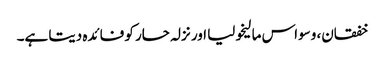
خفقان، وسواس مالیخولیا اور نزلہ حار کو فائدہ دیتا ہے۔